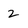
Character: 2